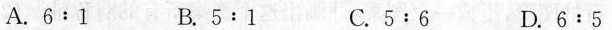
A.$$6 : 1 B.$$5 : 1$$ C.$$5 : 6$$ D.$$6 : 5$$